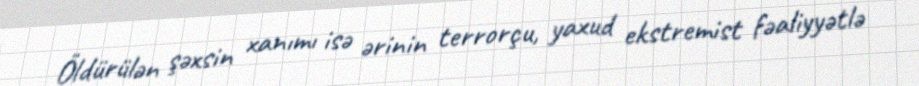
Öldürülən şəxsin xanımı isə ərinin terrorçu, yaxud ekstremist fəaliyyətlə